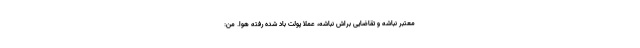
معتبر نباشه و تقاضایی براش نباشه، عملاً پولت باد شده رفته هوا. من: